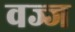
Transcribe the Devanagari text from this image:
वज्ज